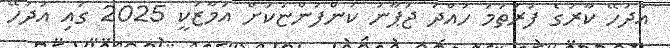
އުދުހޭ ކާރުގެ ފުރަތަމަ ހުއްދަ ޖަޕާނު ކުންފުންޏަކަށް އަމާޒަކީ 2025 ގައި އުދުހޭ